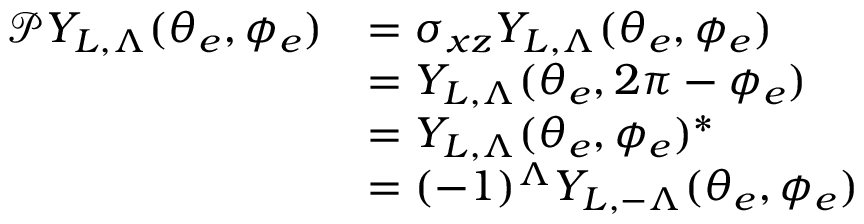
\raggedleft \begin{array} { r l } { \mathcal { P } Y _ { L , \Lambda } ( \theta _ { e } , \phi _ { e } ) } & { = \sigma _ { x z } Y _ { L , \Lambda } ( \theta _ { e } , \phi _ { e } ) } \\ & { = Y _ { L , \Lambda } ( \theta _ { e } , 2 \pi - \phi _ { e } ) } \\ & { = Y _ { L , \Lambda } ( \theta _ { e } , \phi _ { e } ) ^ { * } } \\ & { = ( - 1 ) ^ { \Lambda } Y _ { L , - \Lambda } ( \theta _ { e } , \phi _ { e } ) } \end{array}